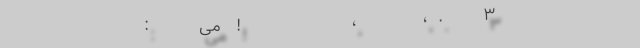
٣        .  ،             ،                      !   می          :